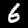
Label: 6